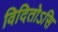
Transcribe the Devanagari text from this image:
विदितोऽसि